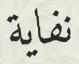
نفاية